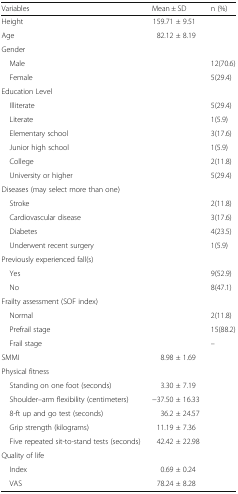
<table><thead><tr><td><b>Variables</b></td><td><b>Mean ± SD</b></td><td><b>n (%)</b></td></tr></thead><tbody><tr><td>Height</td><td>159.71 ± 9.51</td><td></td></tr><tr><td>Age</td><td>82.12 ± 8.19</td><td></td></tr><tr><td colspan="3">Gender</td></tr><tr><td> Male</td><td></td><td>12(70.6)</td></tr><tr><td> Female</td><td></td><td>5(29.4)</td></tr><tr><td colspan="3">Education Level</td></tr><tr><td> Illiterate</td><td></td><td>5(29.4)</td></tr><tr><td> Literate</td><td></td><td>1(5.9)</td></tr><tr><td> Elementary school</td><td></td><td>3(17.6)</td></tr><tr><td> Junior high school</td><td></td><td>1(5.9)</td></tr><tr><td> College</td><td></td><td>2(11.8)</td></tr><tr><td> University or higher</td><td></td><td>5(29.4)</td></tr><tr><td colspan="3">Diseases (may select more than one)</td></tr><tr><td> Stroke</td><td></td><td>2(11.8)</td></tr><tr><td> Cardiovascular disease</td><td></td><td>3(17.6)</td></tr><tr><td> Diabetes</td><td></td><td>4(23.5)</td></tr><tr><td> Underwent recent surgery</td><td></td><td>1(5.9)</td></tr><tr><td>Previously experienced fall(s)</td><td></td><td></td></tr><tr><td> Yes</td><td></td><td>9(52.9)</td></tr><tr><td> No</td><td></td><td>8(47.1)</td></tr><tr><td>Frailty assessment (SOF index)</td><td></td><td></td></tr><tr><td> Normal</td><td></td><td>2(11.8)</td></tr><tr><td> Prefrail stage</td><td></td><td>15(88.2)</td></tr><tr><td> Frail stage</td><td></td><td>–</td></tr><tr><td>SMMI</td><td>8.98 ± 1.69</td><td></td></tr><tr><td colspan="3">Physical fitness</td></tr><tr><td> Standing on one foot (seconds)</td><td>3.30 ± 7.19</td><td></td></tr><tr><td> Shoulder–arm flexibility (centimeters)</td><td>−37.50 ± 16.33</td><td></td></tr><tr><td> 8-ft up and go test (seconds)</td><td>36.2 ± 24.57</td><td></td></tr><tr><td> Grip strength (kilograms)</td><td>11.19 ± 7.36</td><td></td></tr><tr><td> Five repeated sit-to-stand tests (seconds)</td><td>42.42 ± 22.98</td><td></td></tr><tr><td colspan="3">Quality of life</td></tr><tr><td> Index</td><td>0.69 ± 0.24</td><td></td></tr><tr><td> VAS</td><td>78.24 ± 8.28</td><td></td></tr></tbody></table>